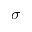
\boldsymbol { \sigma }